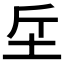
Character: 𣂓